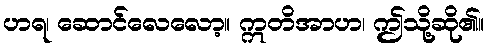
ဟရ၊ ဆောင်လေလော့။ ဣတိအာဟ၊ ဤသို့ဆို၏။